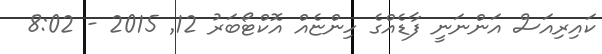
ކައިރިއަސް އަންނަނީ ފާޑެއްގެ ހިންޏެއް އޮކްޓޯބަރު 12